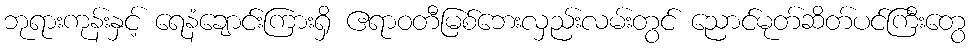
ဘုရားကုန်းနှင့် ရေနံချောင်းကြားရှိ ဧရာဝတီမြစ်ဘေးလှည်းလမ်းတွင် ညောင်မုတ်ဆိတ်ပင်ကြီးတွေ